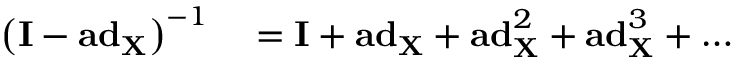
\begin{array} { r l } { \left( \mathbf { I } - \mathbf { a d } _ { \mathbf { X } } \right) ^ { - 1 } } & { { } = \mathbf { I } + \mathbf { a d } _ { \mathbf { X } } + \mathbf { a d } _ { \mathbf { X } } ^ { 2 } + \mathbf { a d } _ { \mathbf { X } } ^ { 3 } + \ldots } \end{array}